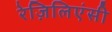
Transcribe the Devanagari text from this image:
रेज़िलिएंसी